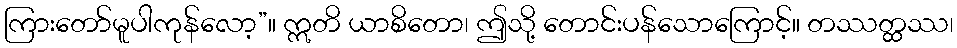
ကြားတော်မူပါကုန်လော့”။ ဣတိ ယာစိတော၊ ဤသို့ တောင်းပန်သောကြောင့်။ တဿတ္ထဿ၊